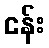
ငန်း